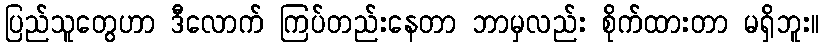
ပြည်သူတွေဟာ ဒီလောက် ကြပ်တည်းနေတာ ဘာမှလည်း စိုက်ထားတာ မရှိဘူး။